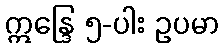
ဣန္ဒြေ ၅-ပါး ဥပမာ